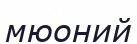
мюоний